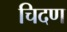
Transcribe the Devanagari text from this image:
चिदण